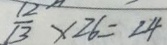
\frac { 1 2 } { 1 3 } \times 2 6 = 2 4